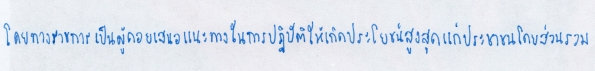
โดยทางราชการเป็นผู้คอยเสนอแนะแนวทางในการปฏิบัติให้เกิดประโยชน์สูงสุดแก่ประชาชนโดยส่วนรวม